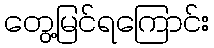
တွေ့မြင်ရကြောင်း